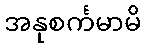
အနုစင်္ကမာမိ